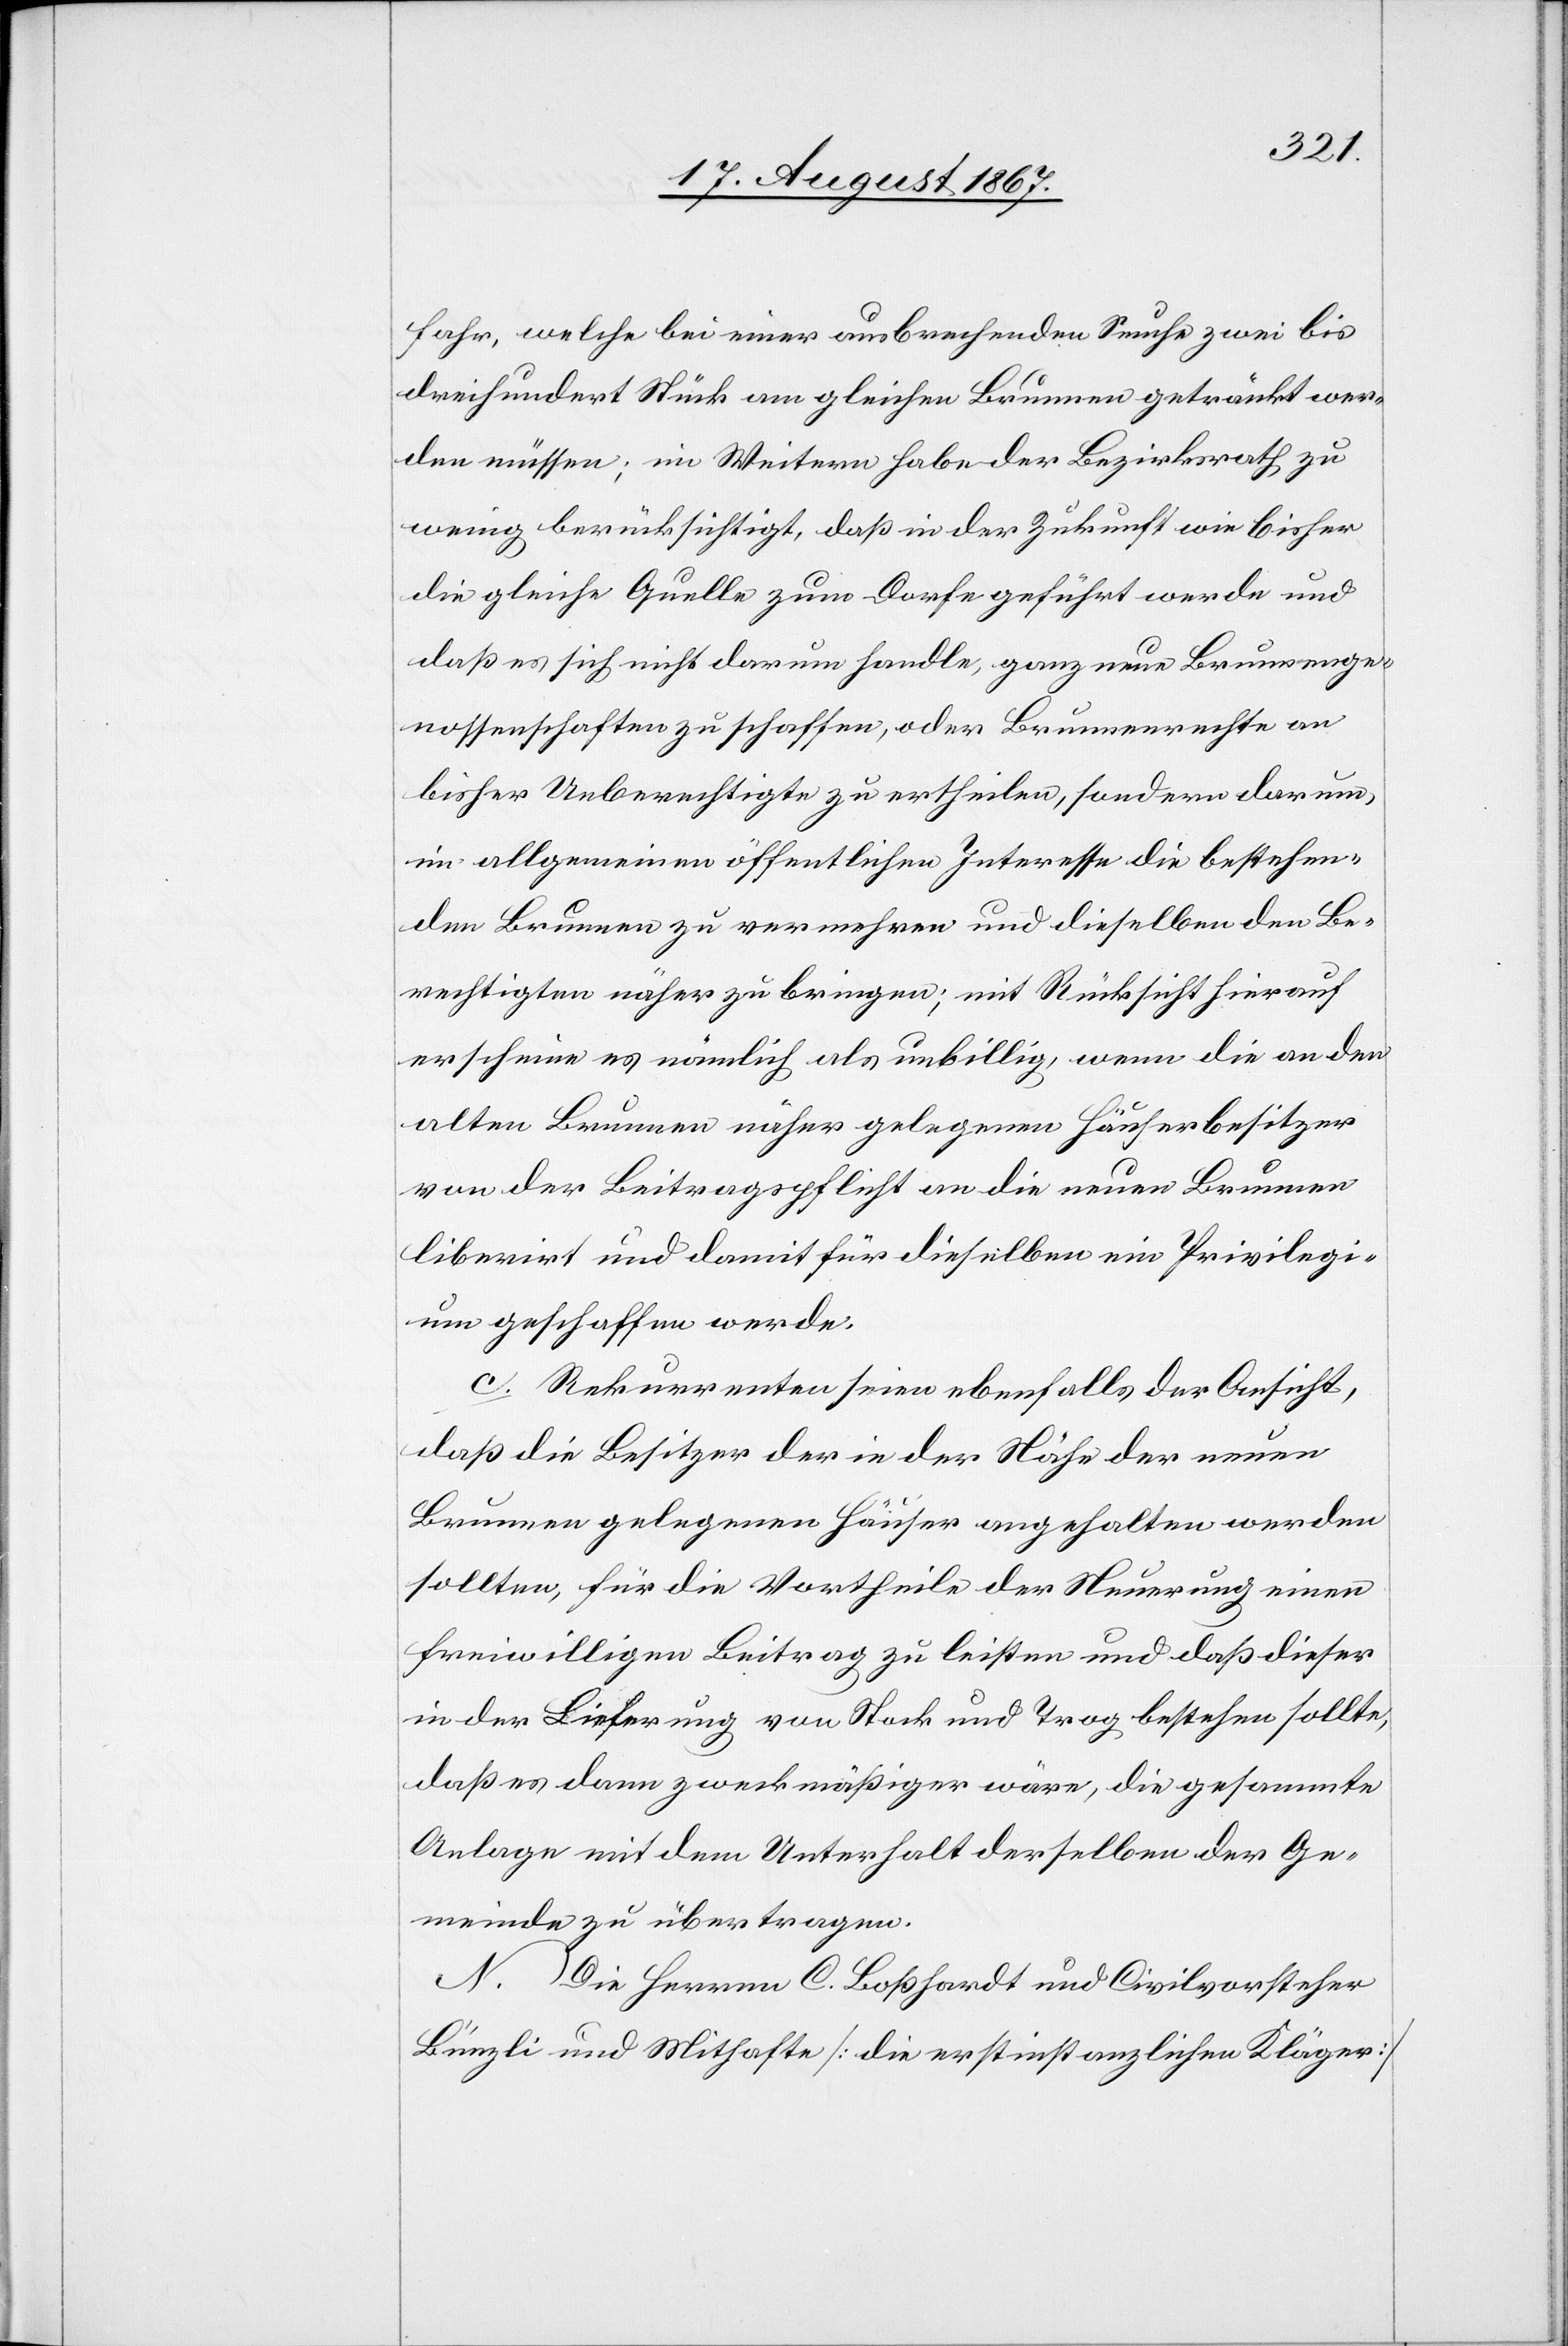
fahr, welche bei einer ausbrechenden Seuche zwei bis
dreihundert Stück am gleichen Brunnen getränkt wer¬
den müssen [sic!]; im Weitern habe der Bezirksrath zu
wenig berücksichtigt, daß in der Zukunft wie bisher
die gleiche Quelle zum Dorfe geführt werde und
daß es sich nicht darum handle, ganz neue Brunnenge¬
nossenschaften zu schaffen, oder Brunnenrechte an
bisher Unberechtigte zu ertheilen, sondern darum,
im allgemeinen öffentlichen Interesse die bestehen¬
den Brunnen zu vermehren und dieselben den Be¬
rechtigten näher zu bringen; mit Rücksicht hierauf
erscheine es nämlich als unbillig, wenn die an den
alten Brunnen näher gelegenen Häuserbesitzer
von der Beitragspflicht an die neune Brunnen
liberirt und damit für dieselben ein Privile¬
g geschaffen werde.
c. Rekurrenten seien ebenfalls der Ansicht,
daß die Besitzer der in der Nähe der neuen
Brunnen gelegenen Häuser angehalten werden
sollten, für die Vortheile der Neuerung einen
freiwilligen Beitrag zu leisten und daß dieser
in der Lieferung von Stock und Trog bestehen sollte,
daß es dann zweckmäßiger wäre, die gesammte
Anlage mit dem Unterhalt derselben der Ge¬
meinde zu übertragen.
N. Die Herren C. Boßhardt und Civilvorsteher
Bünzli und Mithafte [die erstinstanzlichen Kläger]